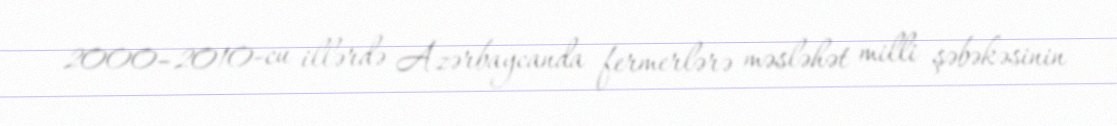
2000–2010-cu illərdə Azərbaycanda fermerlərə məsləhət milli şəbəkəsinin